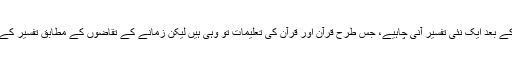
اسی لئے کہتے ہیں کہ ہر تیس چالیس سال کے بعد ایک نئی تفسیر آنی چاہیے، جس طرح قرآن اور قرآن کی تعلیمات تو وہی ہیں لیکن زمانے کے تقاضوں کے مطابق تفسیر کے ذریعے ان معانی کی وضاحت ہوجاتی ہے۔